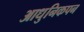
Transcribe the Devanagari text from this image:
आधुनिकपन